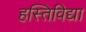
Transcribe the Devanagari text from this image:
हस्तिविद्या